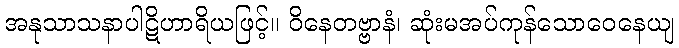
အနုသာသနာပါဋိဟာရိယဖြင့်။ ဝိနေတဗ္ဗာနံ၊ ဆုံးမအပ်ကုန်သောဝေနေယျ